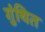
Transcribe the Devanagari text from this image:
गुंथित